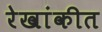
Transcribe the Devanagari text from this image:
रेखांकीत